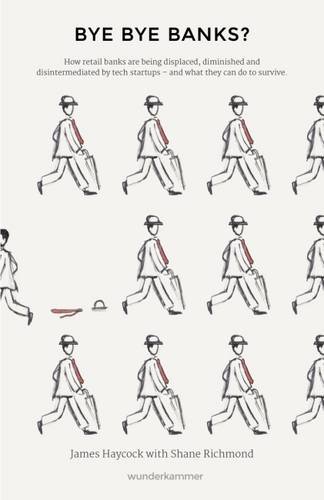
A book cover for Bye Bye Banks?: How Retail Banks are Being Displaced, Diminished and Disintermediated by Tech Startups and What They Can Do to Survive; James Haycock; Business & Money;